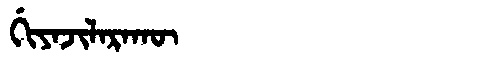
Manchu: ᡤᡳᠶᠠᠵᡳᠯᠠᡵᠠᡴᡡ
Romanization: GIYAJILARAKŪ